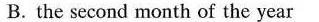
B. the second month of the year